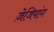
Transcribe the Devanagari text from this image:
ज़ेजियांग